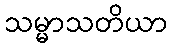
သမ္မာသတိယာ